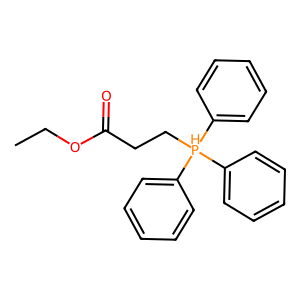
SMILES: CCOC(=O)CC[PH](c1ccccc1)(c1ccccc1)c1ccccc1
Inhibits HIV replication: No